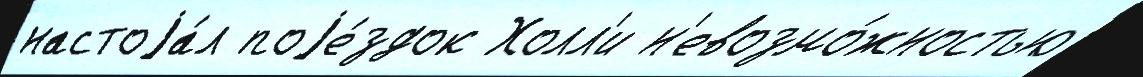
настоjа́л поjе́здок Холл'и н'евозмо́жностью